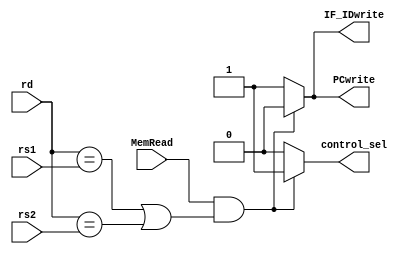
`timescale 1ns / 1ps
//////////////////////////////////////////////////////////////////////////////////
// Company: 
// Engineer: 
// 
// Design Name: 
// Module Name: hazard_detection
// Project Name: 
// Target Devices: 
// Tool Versions: 
// Description: 
// 
// Dependencies: 
// 
// Revision:
// Revision 0.01 - File Created
// Additional Comments:
// 
//////////////////////////////////////////////////////////////////////////////////


module hazard_detection(input [4:0] rd,
                        input [4:0] rs1,
                        input [4:0] rs2,
                        input MemRead,
                        output reg PCwrite,
                        output reg IF_IDwrite,
                        output reg control_sel);
                        
     always @(*)
     begin
        if(MemRead && (rd == rs1 || rd == rs2))
        begin
            PCwrite = 0;
            IF_IDwrite = 0;
            control_sel = 1;
        end
        else
        begin
            PCwrite = 1;
            IF_IDwrite = 1;
            control_sel = 0;
        end  
     end                   
endmodule